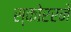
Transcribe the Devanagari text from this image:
स्कोररने